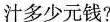
汁多少元钱?